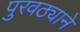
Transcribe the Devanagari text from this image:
पुरवठ्याने